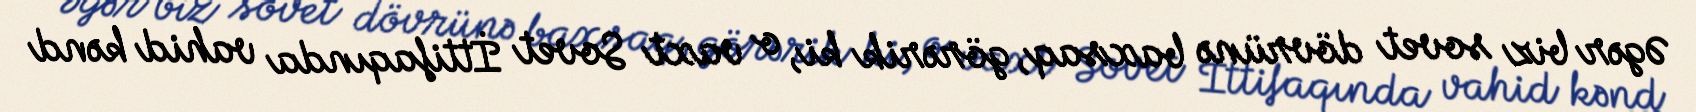
Əgər biz sovet dövrünə baxsaq, görərik ki, o vaxt Sovet İttifaqında vahid kənd